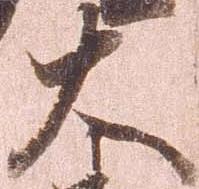
大